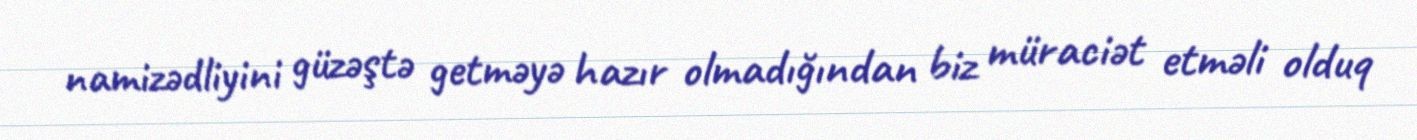
namizədliyini güzəştə getməyə hazır olmadığından biz müraciət etməli olduq